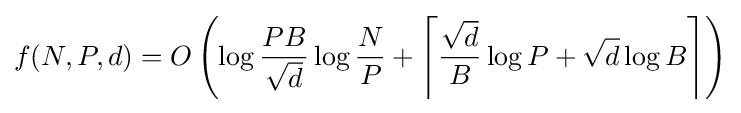
f(N,P,d)=O\left(\log {\frac {PB}{\sqrt {d}}}\log {\frac {N}{P}}+\left\lceil {\frac {\sqrt {d}}{B}}\log P+{\sqrt {d}}\log B\right\rceil \right)